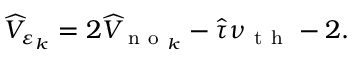
\widehat { V } _ { \varepsilon _ { k } } = 2 \widehat { V } _ { \mathrm { ~ n ~ o ~ } _ { k } } - \hat { \tau } \nu _ { \mathrm { ~ t ~ h ~ } } - 2 .